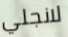
لانجلي